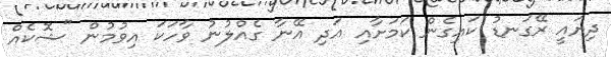
ދިޔައީ ރޭގަނޑު ކައިގެން ކަމަށާއި އަދި އޭނާ ގެއްލުނު ވާހަކަ އިވުމުން "ޝޮކެއް